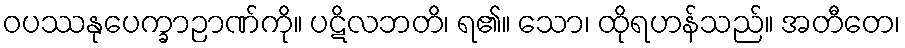
ဝပဿနုပေက္ခာဉာဏ်ကို။ ပဋိလဘတိ၊ ရ၏။ သော၊ ထိုရဟန်သည်။ အတီတေ၊